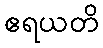
ဧရယတိ